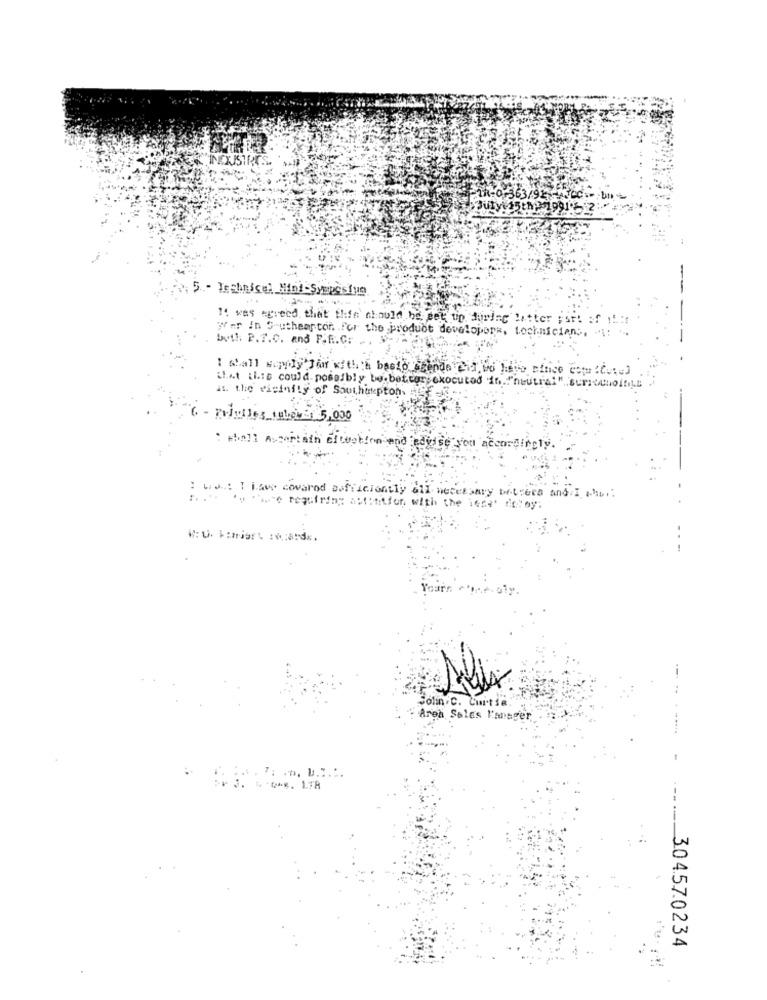
INEXISTA
TR-0-363/92 -1300 .-
Butyls
5. - Technical Mint-Symposium
It was agreed that thin' should be get tip during latter part of !!!!
War In Southampton For the product developers, technicians. :
but !: P.T.C. and P.E .. C.
I shall sayly Jair with a basto szende Aid we have since este cute)
ilat [i .: s could possibly be better,ckocuted in "neutral" sumiechoinLe
it. the vicinity of Southikepton
: whall Ascertain elwerden and ledisse you accordingly.
wat I have covared sufficiently all necessary betrees and I ahb.
Foto to twee requiring actiition with the leme do oy.
Solin .C. Curtie.
Area Sales Manager
I BOOK . 1TA
304.570234